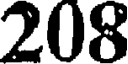
208